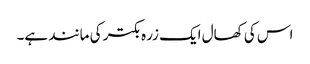
اس کی کھال ایک زرہ بکتر کی مانند ہے۔